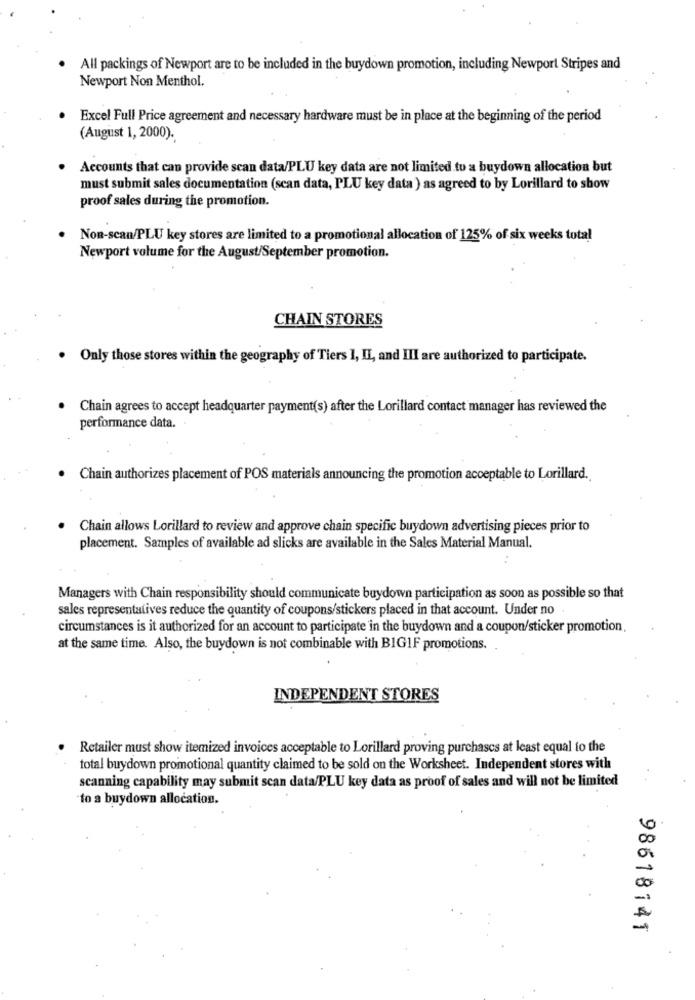
All packings of Newport are to be included in the buydown promotion, including Newport Stripes and
Newport Non Menthol.
Excel Full Price agreement and necessary hardware must be in place at the beginning of the period
(August 1, 2000).
Accounts that can provide scan data/PLU key data are not limited to a buydown allocation but
must submit sales documentation (scan data, PLU key data ) as agreed to by Lorillard to show
proof sales during the promotion.
Non-scan/PLU key stores are limited to a promotional allocation of 125% of six weeks total
Newport volume for the August/September promotion.
CHAIN STORES
. Only those stores within the geography of Tiers 1, IL, and III are authorized to participate.
Chain agrees to accept headquarter payment(s) after the Lorillard contact manager has reviewed the
performance data.
Chain authorizes placement of POS materials announcing the promotion acceptable to Lorillard.
Chain allows Lorillard to review and approve chain specific buydown advertising pieces prior to
placement. Samples of available ad slicks are available in the Sales Material Manual.
Managers with Chain responsibility should communicate buydown participation as soon as possible so that
sales representatives reduce the quantity of coupons/stickers placed in that account. Under no.
circumstances is it authorized for an account to participate in the buydown and a coupon/sticker promotion.
at the same time. Also, the buydown is not combinable with BIG1F promotions.
INDEPENDENT STORES
Retailer must show itemized invoices acceptable to Lorillard proving purchases at least equal to the
total buydown promotional quantity claimed to be sold on the Worksheet. Independent stores with
scanning capability may submit scan data/PLU key data as proof of sales and will not be limited
to a buydown allocation.
98618141